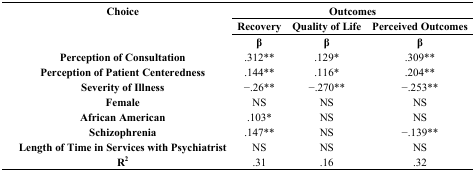
| Choice | <COLSPAN=3> Outcomes |
 |  | Recovery | Quality of Life | Perceived Outcomes |
 |  | β | β | β |
 | --- | --- | --- | --- |
 | Perception of Consultation | .312** | .129* | .309** |
 | Perception of Patient Centeredness | .144** | .116* | .204** |
 | Severity of Illness | -.26** | -.270** | -.253** |
 | Female | NS | NS | NS |
 | African American | .103* | NS | NS |
 | Schizophrenia | .147** | NS | -.139** |
 | Length of Time in Services with Psychiatrist | NS | NS | NS |
 | R2 | .31 | .16 | .32 |